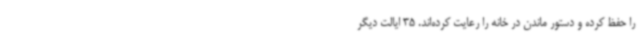
را حفظ کرده و دستور ماندن در خانه را رعایت کرده‌اند. 35 ایالت دیگر